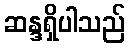
ဆန္ဒရှိပါသည်